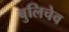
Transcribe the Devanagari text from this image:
बुलिचेव